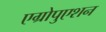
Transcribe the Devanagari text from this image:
एग्रोपुएशन